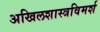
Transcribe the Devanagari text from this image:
अखिलशास्त्रविमर्श